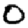
Digit: 0